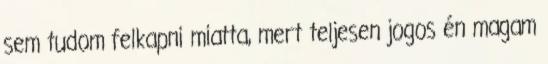
sem tudom felkapni miatta, mert teljesen jogos én magam